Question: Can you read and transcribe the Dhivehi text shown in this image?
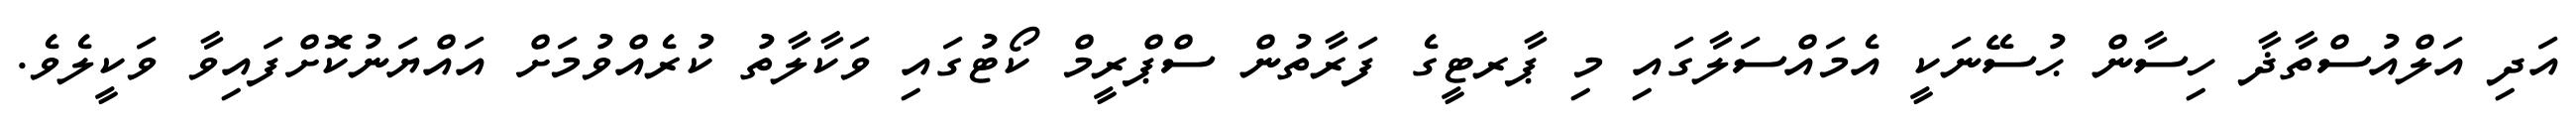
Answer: އަދި އަލްއުސްތާޛާ ހިސާން ޙުސޭނަކީ އެމައްސަލާގައި މި ޕާރޓީގެ ފަރާތުން ސްޕްރީމް ކޯޓުގައި ވަކާލާތު ކުރެއްވުމަށް އައްޔަނުކޮށްފައިވާ ވަކީލެވެ.